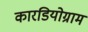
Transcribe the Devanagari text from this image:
कारडियोग्राम